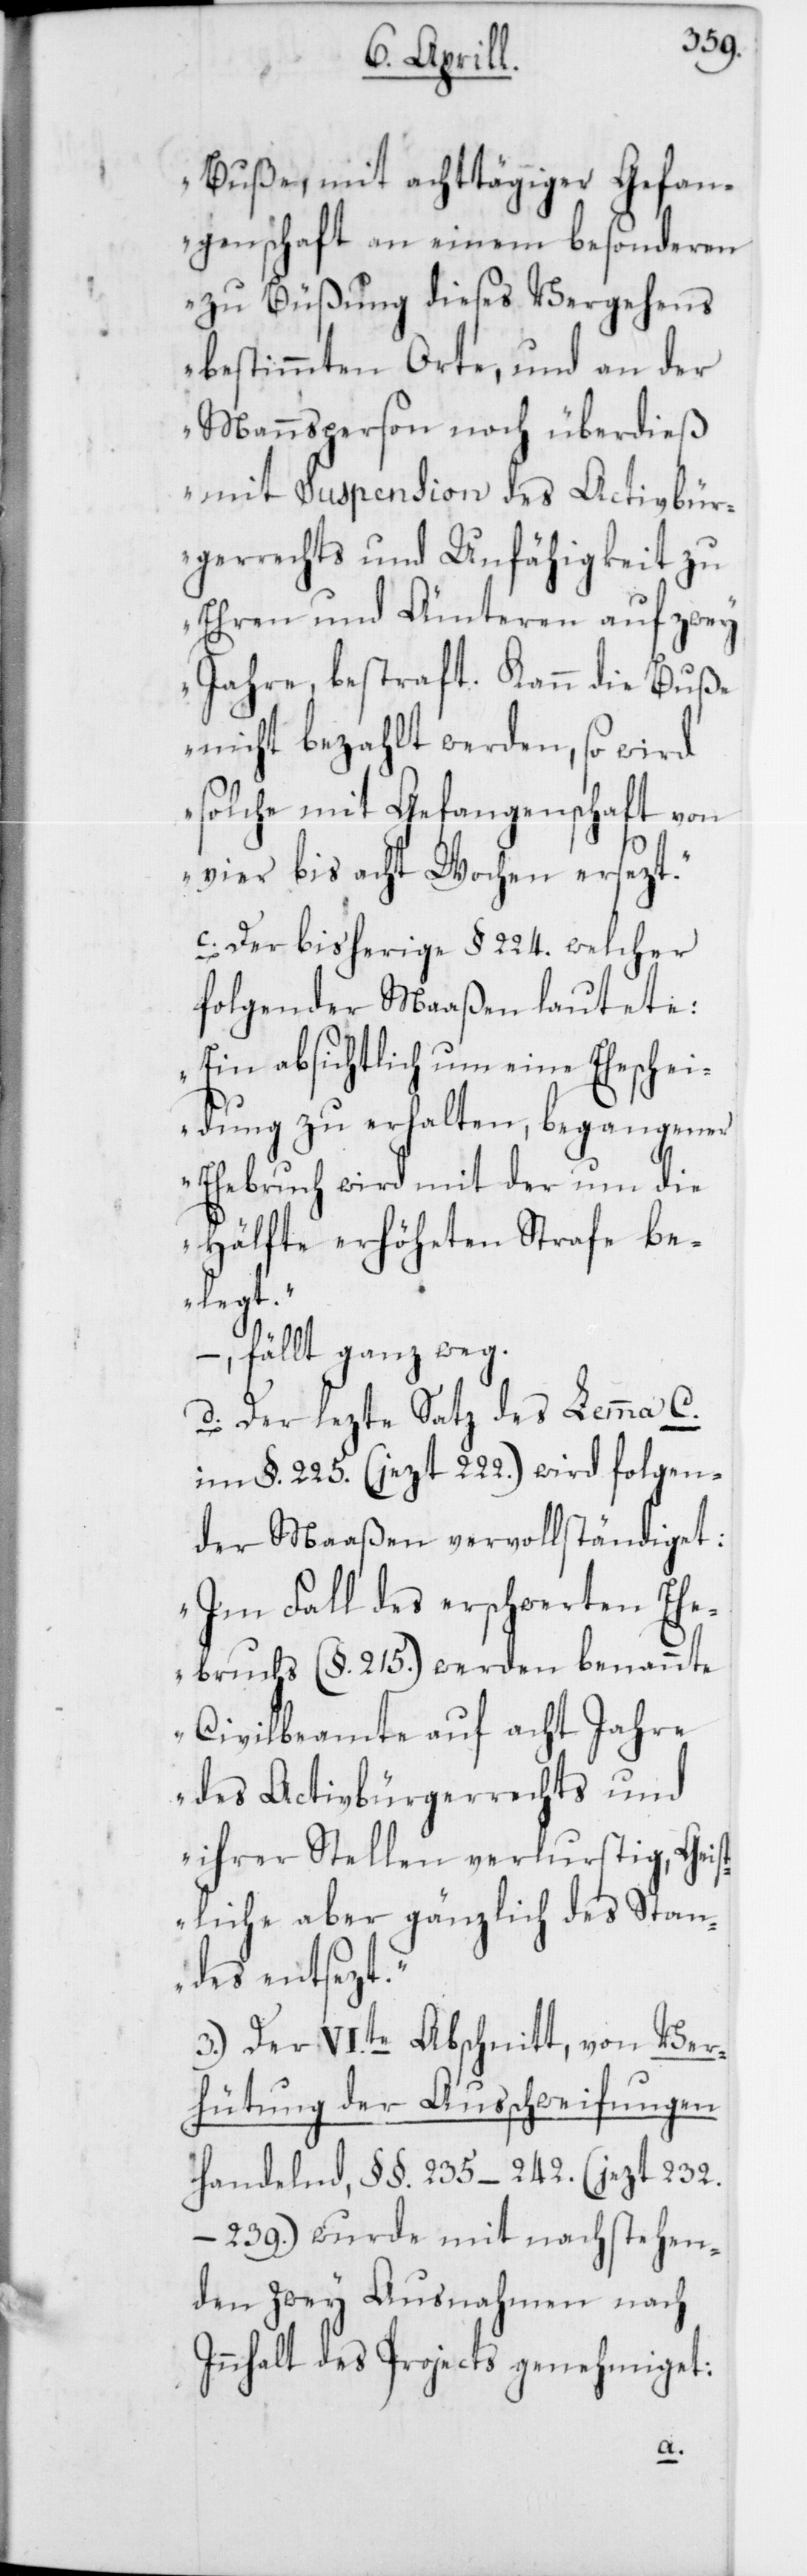
Buße, mit achttägiger Gefan¬
genschaft an einem besonderen
zu Büßung dieses Vergehens
bestimmten Orte, und an der
Mannsperson noch überdieß
mit Suspension des Activbür¬
gerrechts und Unfähigkeit zu
Ehren und Ämteren auf zwey
Jahre, bestraft. Kann die Buße
nicht bezahlt werden, so wird
solche mit Gefangenschaft von
vier bis acht Wochen ersezt.“
c. Der bisherige § 224. welcher
folgender Maaßen lautete:
„Ein absichtlich um eine Eheschei¬
dung zu erhalten, begangener
Ehebruch wird mit der um die
Hälfte erhöheten Strafe be¬
legt.“
–, fällt ganz weg.
d. Der lezte Satz des Lemma C.
im §. 225. (jezt 222.) wird folgen¬
der Maaßen vervollständiget:
„Im Fall des erschwerten Ehe¬
bruchs (§. 215.) werden benannte
Civilbeamte auf acht Jahre
des Acticbürgerrechts und
ihrer Stellen verlustig, Geis¬
tliche aber gänzlich des Stan¬
des entsezt.“
3.) Der VI.te Abschnitt, von Ver¬
hütung der Ausschweifungen
handelnd, §§. 235 – 242. (jezt 232.
239.) wurde mit nachstehen¬
den zwey Ausnahmen nach
Innhalt des Projects genehmiget: